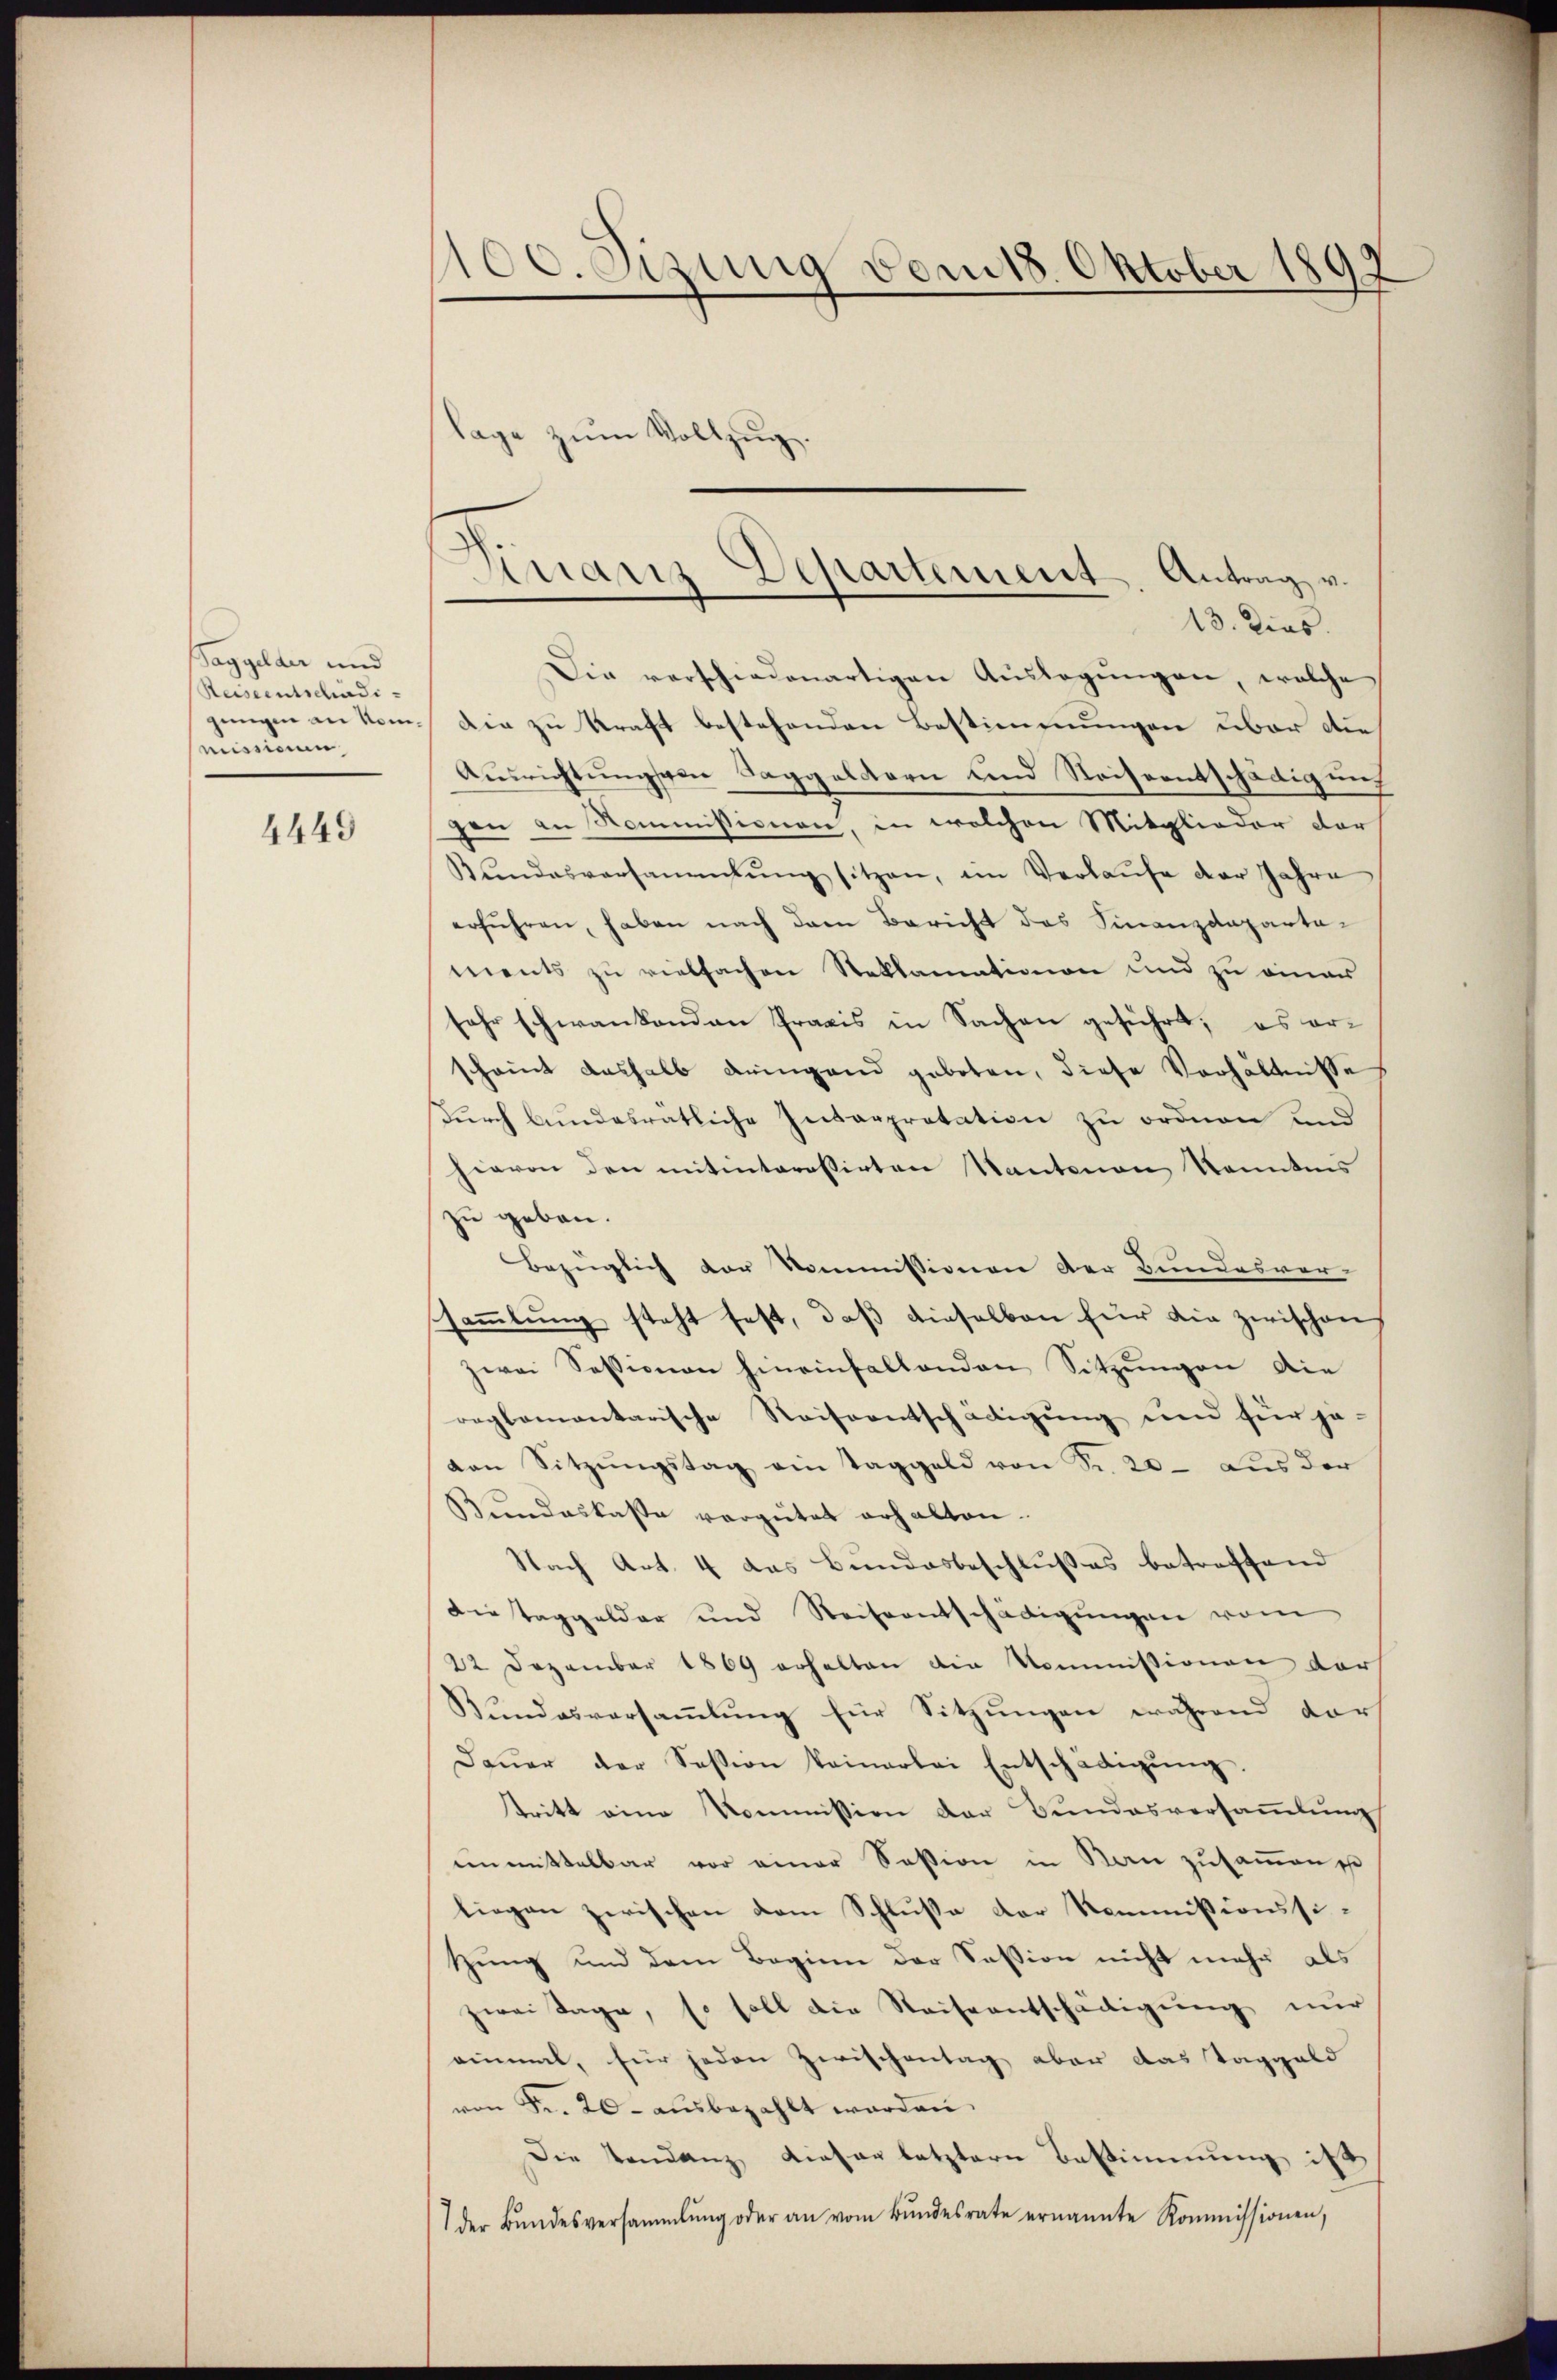
Taggelder und
Reiseentschädigungen an Kommissionen

4449

100. Sizung vom 18. Oktober 1897

lage zum Vollzug.

13. Dies
Die verschiedenartigen Auslegungen, welche
Die zu kraft bestehenden Bestimmungen über die
Ausrichtungssen Taggeldern und Reiseentschädigung
gen an Kommissionen, in welchen Mitglieder der
Bŭndesversammlung sitzen, im Verlaŭfe der Jahre
erführen, haben nach dem Bericht des Finanzdeparta-
ments zu vielfachen Steklamationen und zu einen
sehr schwankenden Praxis in Sachen geführt; es erscheint deshalb deigend geboten, diese Verhältnisse
durch bundesratliche Interpretation zu ordnen und
hievon den mitinteressirten Kantonen Kenntnis
zu geben.
Bezüglich der Kommissionen der Bundesver-
sammlung steht fest, daß dieselben für die zwischen
zwei Sessionen hineinfallenden Sitzungen die
replomantarische Reiseentschädigung und für je-
von Sitzŭngstag am Taggeld von Sr. 20. Aus der
Bŭndeskasse vergütet erhalten.
Nach Art. 4 das Bundesbeschlußes betreffend
dietaggelder und Reiseentschädigŭngen vom
22 Dezember 1869 erhalten die Kommissionen darf
Bundesversammlung für Sitzungen während dar
Daŭer der Session keinerlei Entschädigŭng
stritt eine Kommission der Bundesversammlung
unmittelbar vor einer Session in Kan zusammen ist
liegen zwischen vom Schluße der Kommissionssitzung und dem Beginn der Session nicht mehr als
zwei Tage, so soll die Reiseentschädigung nur
einmal, für jeden Zwischentag aber das Taggeld
von Fr. 20 - ausbezahlt worden.
Die Tendenz dieser letztern Bestimmung ist
der Bŭndesversammlung oder an vom Bŭndesrate ernannte Kommissionen,

Finanz-Departement. Antrag v.